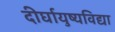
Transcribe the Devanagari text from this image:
दीर्घायुष्यविद्या